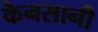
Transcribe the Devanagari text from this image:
कैनसानी